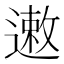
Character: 遫